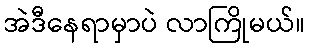
အဲဒီနေရာမှာပဲ လာကြိုမယ်။